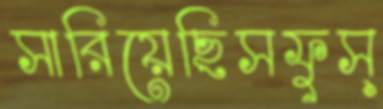
সারিয়েছিসফুস্‌